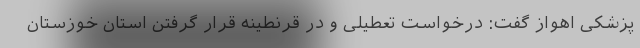
پزشکی اهواز گفت: درخواست تعطیلی و در قرنطینه قرار گرفتن استان خوزستان